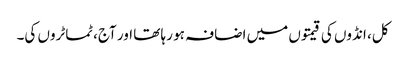
کل، انڈوں کی قیمتوں میں اضافہ ہو رہا تھا اور آج، ٹماٹروں کی۔